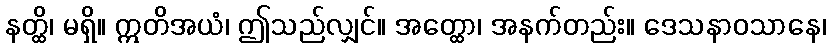
နတ္ထိ၊ မရှိ။ ဣတိအယံ၊ ဤသည်လျှင်။ အတ္ထော၊ အနက်တည်း။ ဒေသနာဝသာနေ၊